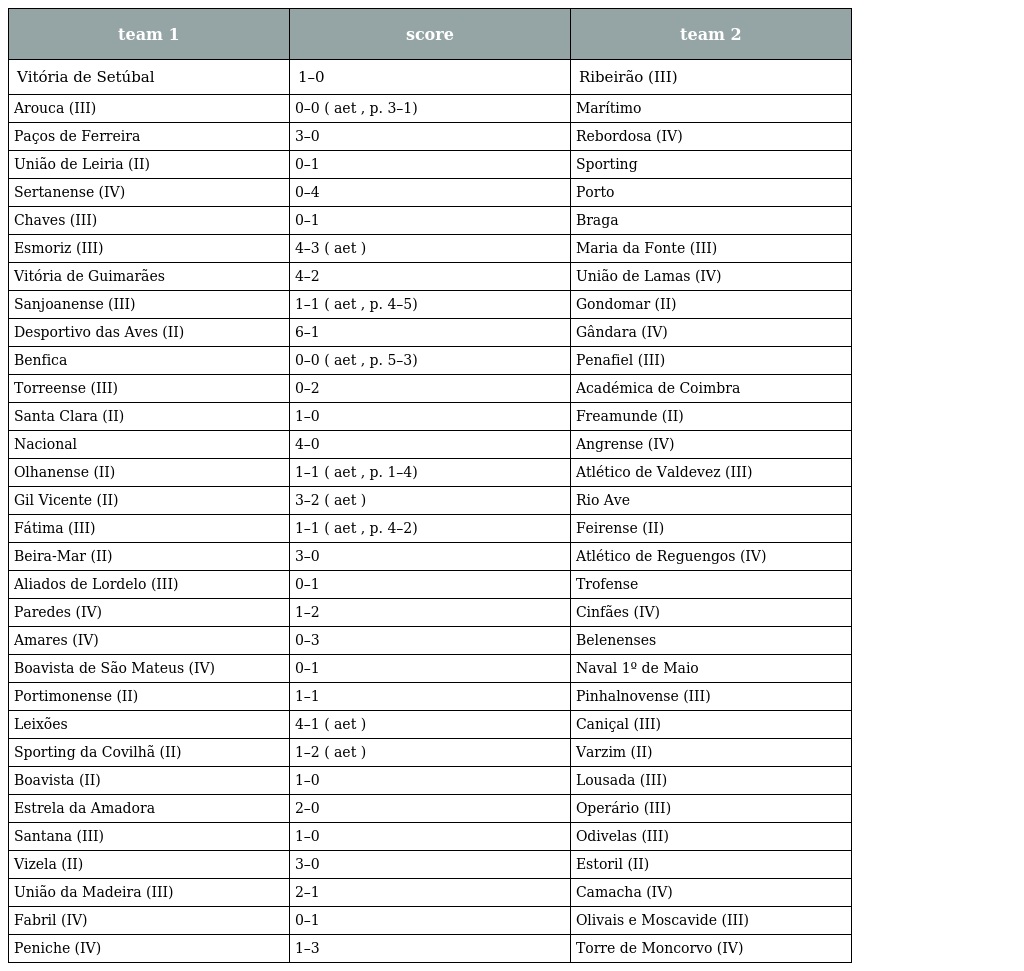
| team 1 | score | team 2 |
 | --- | --- | --- |
 | Vitória de Setúbal | 1–0 | Ribeirão (III) |
 | Arouca (III) | 0–0 ( aet , p. 3–1) | Marítimo |
 | Paços de Ferreira | 3–0 | Rebordosa (IV) |
 | União de Leiria (II) | 0–1 | Sporting |
 | Sertanense (IV) | 0–4 | Porto |
 | Chaves (III) | 0–1 | Braga |
 | Esmoriz (III) | 4–3 ( aet ) | Maria da Fonte (III) |
 | Vitória de Guimarães | 4–2 | União de Lamas (IV) |
 | Sanjoanense (III) | 1–1 ( aet , p. 4–5) | Gondomar (II) |
 | Desportivo das Aves (II) | 6–1 | Gândara (IV) |
 | Benfica | 0–0 ( aet , p. 5–3) | Penafiel (III) |
 | Torreense (III) | 0–2 | Académica de Coimbra |
 | Santa Clara (II) | 1–0 | Freamunde (II) |
 | Nacional | 4–0 | Angrense (IV) |
 | Olhanense (II) | 1–1 ( aet , p. 1–4) | Atlético de Valdevez (III) |
 | Gil Vicente (II) | 3–2 ( aet ) | Rio Ave |
 | Fátima (III) | 1–1 ( aet , p. 4–2) | Feirense (II) |
 | Beira-Mar (II) | 3–0 | Atlético de Reguengos (IV) |
 | Aliados de Lordelo (III) | 0–1 | Trofense |
 | Paredes (IV) | 1–2 | Cinfães (IV) |
 | Amares (IV) | 0–3 | Belenenses |
 | Boavista de São Mateus (IV) | 0–1 | Naval 1º de Maio |
 | Portimonense (II) | 1–1 | Pinhalnovense (III) |
 | Leixões | 4–1 ( aet ) | Caniçal (III) |
 | Sporting da Covilhã (II) | 1–2 ( aet ) | Varzim (II) |
 | Boavista (II) | 1–0 | Lousada (III) |
 | Estrela da Amadora | 2–0 | Operário (III) |
 | Santana (III) | 1–0 | Odivelas (III) |
 | Vizela (II) | 3–0 | Estoril (II) |
 | União da Madeira (III) | 2–1 | Camacha (IV) |
 | Fabril (IV) | 0–1 | Olivais e Moscavide (III) |
 | Peniche (IV) | 1–3 | Torre de Moncorvo (IV) |